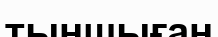
тыншыған